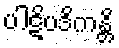
ပါဋိပဒိကန္တိ